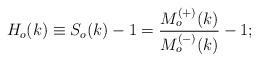
\begin{align*}H_o(k)\equiv S_o(k)-1=\frac{M^{(+)}_o(k)}{M^{(-)}_o(k)}-1;\end{align*}